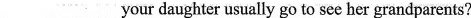
___ ___your daughter usually go to see her grandparents?